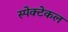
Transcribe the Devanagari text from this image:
स्पेक्टेकल